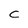
Character: C